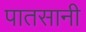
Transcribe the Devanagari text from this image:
पातसानी